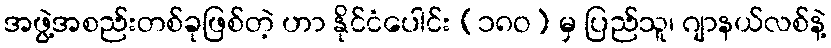
အဖွဲ့အစည်းတစ်ခုဖြစ်တဲ့ ဟာ နိုင်ငံပေါင်း (၁၈ဝ) မှ ပြည်သူ၊ ဂျာနယ်လစ်နဲ့